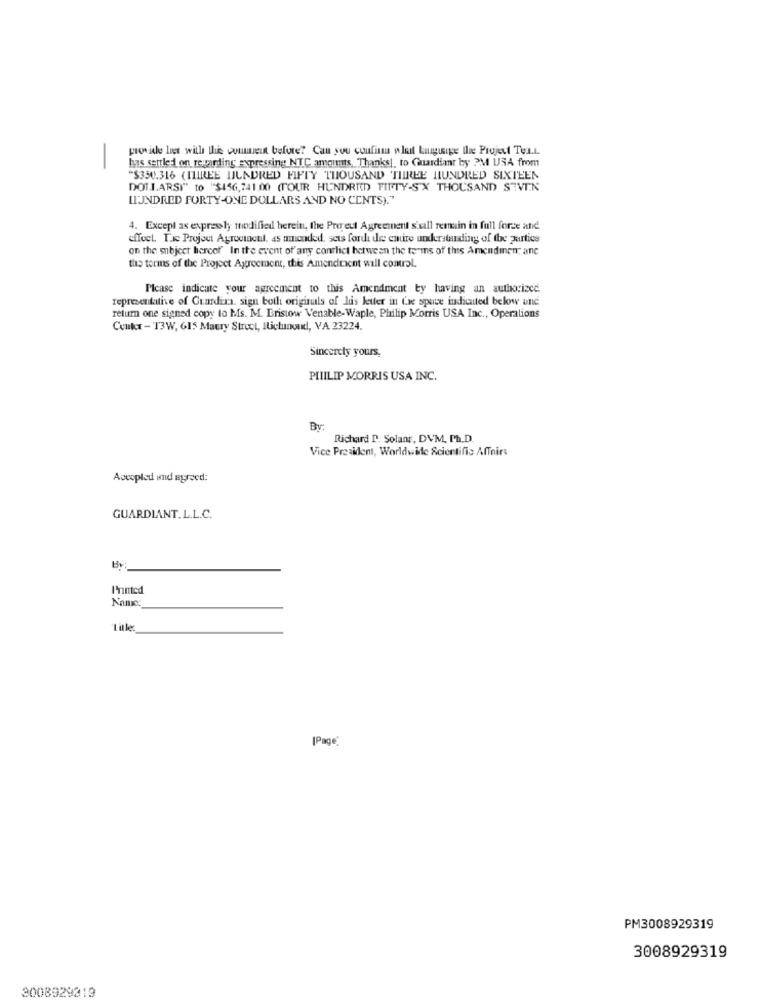
provide les with this comment before? Can you confirm what kuigiige the Project Tua.L
has sentle i on regarding expressing NTC amounts, Thanks|, to Guardiant by PM USA from
-
"$350.316 (IIIREE HUNDRED FIFTY THOUSAND THREE HUNDRED SIXTEEN
DOLLARSI" to "$456,741.00 (FOUR HUNDRED FIFTY-SX THOUSAND SEVEN
WIJNDRED FORTY-ONE DOLLARS AND NO CENTS)."
4. Except as expressly modified herein, the Pro eut Agreement s'will remain in full force and
effect. Tac Project Agrovincul, as amended, sets fordi die entire understanding of the zurtics
on the subject hercof" In the event of'any conflict between the terms of this Amendinen; anc
the terms of the Project Agreement, this Amendment will control.
Please indicate your agreement to this Amendment ty having an authorized
representative of Grandira. sign both originals of luis letter in Cre space indicated below und
return one signed copy to Ms. M. Bristow Venable-Waple, Philip Morris USA Inc ., Operations
Conkr - T3W, 615 Maury Struct, Ilictunond, VA 23224.
Sincerely yours,
PHILIP MORRIS USA INC.
BY:
Richard D. Solanr, DVM, Ph.D.
Vice President, Worldwide Scientific Affairs
Avecpled and agreed:
GUARDIANT. L.L.C.
Printed
Name
[Page"
PM3008929319
3008929319
3008929819